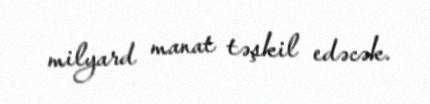
milyard manat təşkil edəcək.